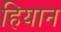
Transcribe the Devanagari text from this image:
हियान